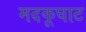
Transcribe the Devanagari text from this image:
मदकूघाट